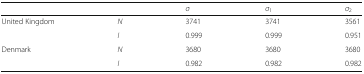
<table><thead><tr><td colspan="2"></td><td><b><i>σ</i></b></td><td><b><i>σ</i><sub>1</sub></b></td><td><b><i>σ</i><sub>2</sub></b></td></tr></thead><tbody><tr><td rowspan="2">United Kingdom</td><td><i>N</i></td><td>3741</td><td>3741</td><td>3561</td></tr><tr><td><i>I</i></td><td>0.999</td><td>0.999</td><td>0.951</td></tr><tr><td rowspan="2">Denmark</td><td><i>N</i></td><td>3680</td><td>3680</td><td>3680</td></tr><tr><td><i>I</i></td><td>0.982</td><td>0.982</td><td>0.982</td></tr></tbody></table>